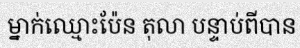
ម្នាក់ឈ្មោះប៉ែន តុលា បន្ទាប់ពីបាន